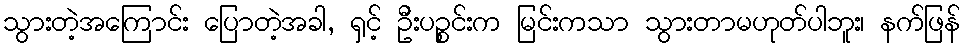
သွားတဲ့အကြောင်း ပြောတဲ့အခါ, ရှင့် ဦးပဉ္စင်းက မြင်းကသာ သွားတာမဟုတ်ပါဘူး၊ နက်ဖြန်